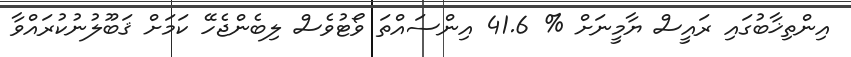
އިންތިޚާބުގައި ރައީސް ޔާމީނަށް % 41.6 އިންސައްތަ ވޯޓުވެސް ލިބެންޖެހޭ ކަމަށް ޤަބޫލުނުކުރައްވާ